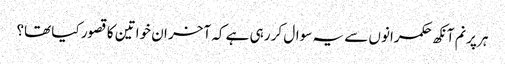
ہر پرنم آنکھ حکمرانوں سے یہ سوال کر رہی ہے کہ آخر ان خواتین کا قصور کیا تھا؟